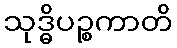
သုဒ္ဓိပဉ္စကာတိ